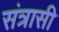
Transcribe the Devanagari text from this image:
संत्रासी